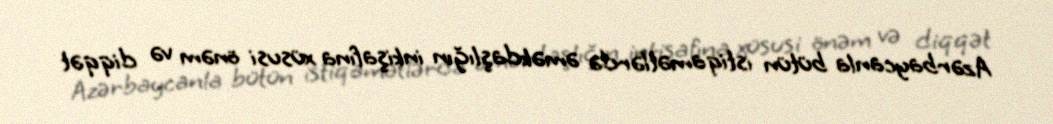
Azərbaycanla bütün istiqamətlərdə əməkdaşlığın inkişafına xüsusi önəm və diqqət